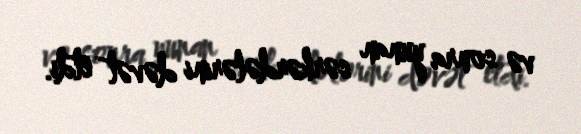
və sonra yunan sərkərdələrini dəvət etdi.